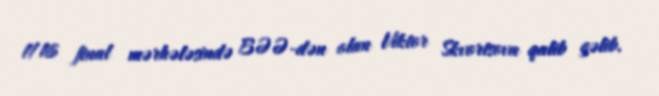
1/16 final mərhələsində BƏƏ-dən olan Viktor Skvortsova qalib gəlib.